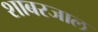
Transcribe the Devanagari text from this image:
शाबरजाल